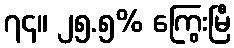
၇၄။ ၂၅.၅% ကြွေးမြီ